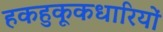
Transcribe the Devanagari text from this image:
हकहुकूकधारियों